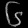
Digit: ၆